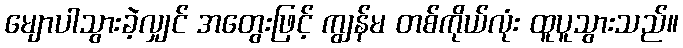
မျောပါသွားခဲ့လျှင် အတွေးဖြင့် ကျွန်မ တစ်ကိုယ်လုံး ထူပူသွားသည်။